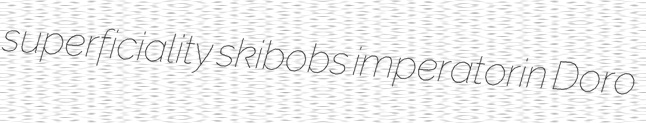
superficiality skibobs imperatorin Doro